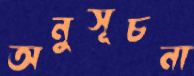
অনুসূচনা